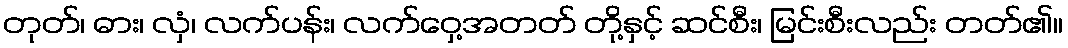
တုတ်၊ ဓား၊ လှံ၊ လက်ပန်း၊ လက်ဝှေ့အတတ် တို့နှင့် ဆင်စီး၊ မြင်းစီးလည်း တတ်၏။